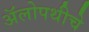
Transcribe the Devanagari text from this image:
अॅलोपथीचे